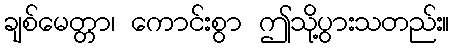
ချစ်မေတ္တာ၊ ကောင်းစွာ ဤသို့ပွားသတည်း။